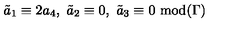
\tilde { a } _ { 1 } \equiv 2 a _ { 4 } , \ \tilde { a } _ { 2 } \equiv 0 , \ \tilde { a } _ { 3 } \equiv 0 \ \mathrm { m o d } ( \Gamma )